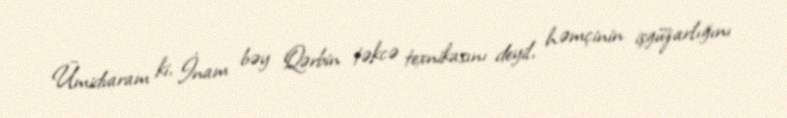
Ümidvaram ki, İnam bəy Qərbin təkcə texnikasını deyil, həmçinin işgüzarlığını